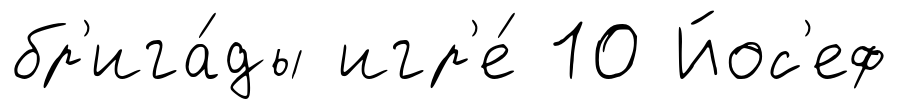
бр'ига́ды игр'е́ 10 Йос'еф